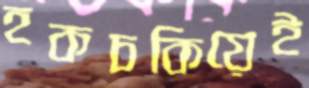
হকচকিয়েই